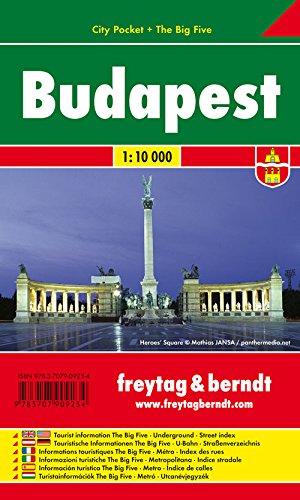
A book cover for Budapest City Pocket Map 1:10K FB (English, Spanish, French, Italian and German Edition); Freytag-Berndt; Travel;